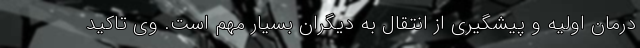
درمان اولیه و پیشگیری از انتقال به دیگران بسیار مهم است. وی تاکید